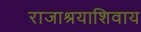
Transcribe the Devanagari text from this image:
राजाश्रयाशिवाय